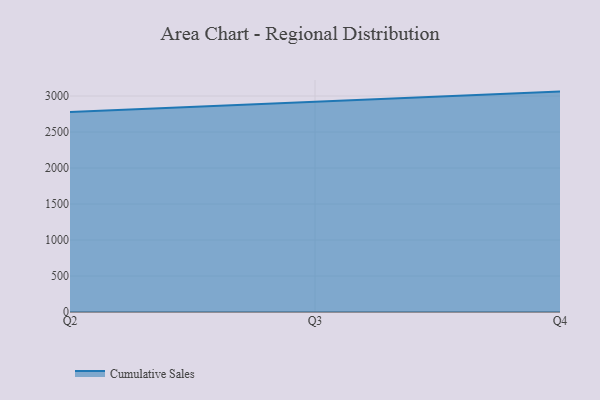
{"axis": {"x": "Quarter", "y": "Churn Rate (%)"}, "legend": ["Cumulative Sales"], "data": [{"x": "Q2", "y": 2778.5, "type": "Cumulative Sales"}, {"x": "Q3", "y": 2924.8, "type": "Cumulative Sales"}, {"x": "Q4", "y": 3061.3, "type": "Cumulative Sales"}]}